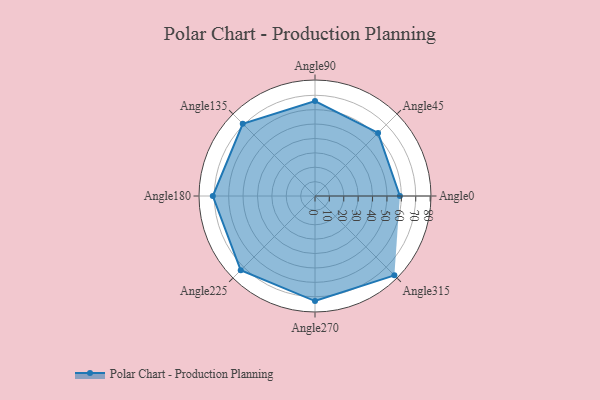
{"axis": {"x": "Angle", "y": "Radius"}, "legend": [""], "data": [{"x": "Angle0", "y": 59.0, "type": ""}, {"x": "Angle45", "y": 62.0, "type": ""}, {"x": "Angle90", "y": 66.0, "type": ""}, {"x": "Angle135", "y": 71.0, "type": ""}, {"x": "Angle180", "y": 71.0, "type": ""}, {"x": "Angle225", "y": 73.0, "type": ""}, {"x": "Angle270", "y": 73.0, "type": ""}, {"x": "Angle315", "y": 78.0, "type": ""}]}